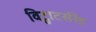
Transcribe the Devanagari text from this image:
विट्वाटर्सरेंड